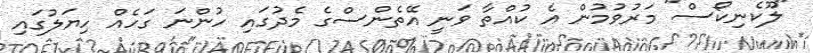
"ލޫކެނިކޯސް" މަރުވުމުން އެ ކުއްތާ ވަނީ އޭތެންސްގެ މެދުގައި ހުންނަ ގަހެއް ހިޔަލުގައި